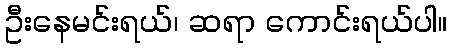
ဦးနေမင်းရယ်၊ ဆရာ ကောင်းရယ်ပါ။